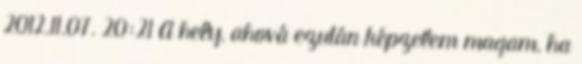
2012.11.07. 20:21 A hely, ahová ezután képzelem magam, ha